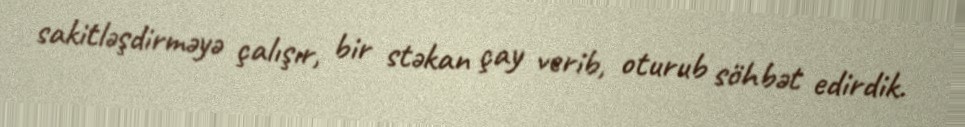
sakitləşdirməyə çalışır, bir stəkan çay verib, oturub söhbət edirdik.